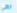
اراكي